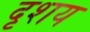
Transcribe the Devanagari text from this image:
दृशय